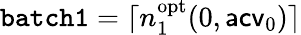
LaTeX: \mathtt{batch1}=\lceil n_{1}^{\mathrm{opt}}(0,\mathsf{acv}_{0})\rceil